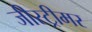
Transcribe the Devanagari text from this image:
जीस्ट्रीमर